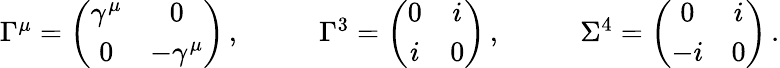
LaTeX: \begin{array}{lll}{{\Gamma^{\mu}=\left(\begin{array}{cc}{{\gamma^{\mu}}}&{{0}}\\ {{0}}&{{-\gamma^{\mu}}}\end{array}\right)\, ,~~~~}}&{{~~~\Gamma^{3}=\left(\begin{array}{cc}{{0}}&{{i}}\\ {{i}}&{{0}}\end{array}\right)\, ,~~~~}}&{{~~~\Sigma^{4}=\left(\begin{array}{cc}{{0}}&{{i}}\\ {{-i}}&{{0}}\end{array}\right)\, .}}\end{array}